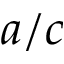
a / c